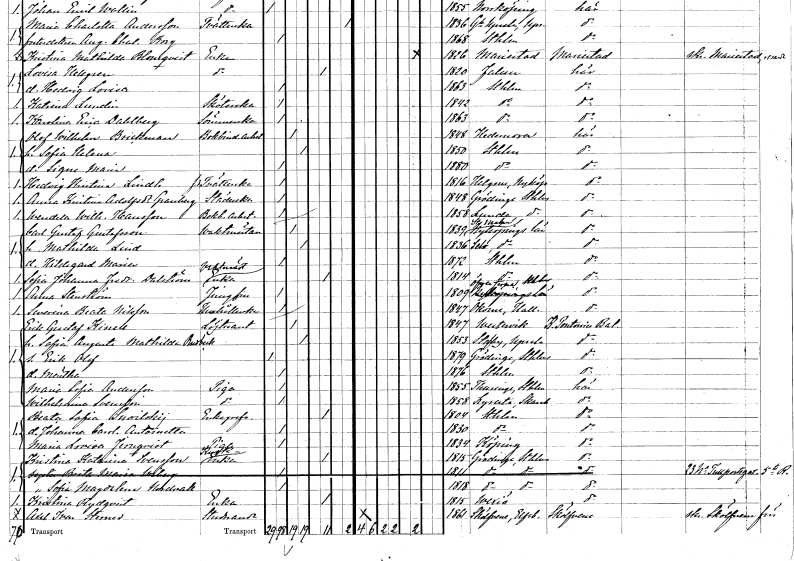
gt_parse: households: individuals: FN: Hedvig Kristina
EN: Lindh
YRKE: Tvätterska f.d.
KON: K
CIV: O
FODAR: 1816
FODFORS: Helgona Södermanlands län
FN: Anna Kristina
EN: Adolfsdotter Granberg
YRKE: Städerska
KON: K
CIV: O
FODAR: 1848
FODFORS: Grödinge Stockholms län
FN: Wendela Wilhelmina
EN: Hansson
YRKE: Bokbinderiarbeterska
KON: K
CIV: O
FODAR: 1858
FODFORS: Lunda Stockholms län
FN: Carl Gustaf
EN: Gustafsson
YRKE: Vaktmästare
KON: M
CIV: G
FODAR: 1839
FODFORS: Stora Malm Södermanlands län
FN: Mathilda
EN: Lind
KON: K
CIV: G
FODAR: 1836
FODFORS: Selö Södermanlands län
FN: Hildegard Maria
KON: K
CIV: O
FODAR: 1872
FODFORS: Stockholm
FN: Sofia Johanna Fredrika
EN: Dalström
YRKE: Vaktmästareänka
KON: K
CIV: E
FODAR: 1814
FODFORS: Stockholm
FN: Anna
EN: Stenström
YRKE: Jungfru
KON: K
CIV: O
FODAR: 1809
FODFORS: Överjärna Stockholms län
FN: Severina Beata
EN: Nilsson
YRKE: Hushållerska
KON: K
CIV: O
FODAR: 1847
FODFORS: Okome Hallands län
FN: Erik Gustaf
EN: Kinell
YRKE: Löjtnant
KON: M
CIV: G
FODAR: 1847
FODFORS: Västervik Kalmar län
FN: Sofia Augusta Mathilda
EN: Rudbeck
KON: K
CIV: G
FODAR: 1853
FODFORS: Stavby Uppsala län
FN: Erik Olof
KON: M
CIV: O
FODAR: 1879
FODFORS: Grödinge Stockholms län
FN: Märtha
KON: K
CIV: O
FODAR: 1876
FODFORS: Stockholm
FN: Maria Sofia
EN: Andersson
YRKE: Piga
KON: K
CIV: O
FODAR: 1855
FODFORS: Turinge Stockholms län
FN: Wilhelmina
EN: Svensson
YRKE: Piga
KON: K
CIV: O
FODAR: 1858
FODFORS: Lyrestad Skaraborgs län
FN: Beata Sofia
EN: Snoilskij
KON: K
CIV: E
FODAR: 1804
FODFORS: Stockholm
FN: Johanna Carolina Antoinetta
KON: K
CIV: O
FODAR: 1830
FODFORS: Stockholm
FN: Maria Lovisa
EN: Jernqvist
YRKE: Piga
KON: K
CIV: O
FODAR: 1834
FODFORS: Köping Västmanlands län
FN: Kristina Katarina
EN: Svensson
YRKE: Kuskänka
KON: K
CIV: E
FODAR: 1815
FODFORS: Grödinge Stockholms län
FN: Brita Maria
EN: Wiberg
KON: K
CIV: O
FODAR: 1811
FODFORS: Grödinge Stockholms län
FN: Sofia Magdalena
EN: Nordvall
KON: K
CIV: O
FODAR: 1818
FODFORS: Grödinge Stockholms län
FN: Kristina
EN: Rydqvist
YRKE: Änka
KON: K
CIV: E
FODAR: 1815
FODFORS: Växjö Kronobergs län
FN: Axel Ivar
EN: Sterner
YRKE: Studerande
KON: M
CIV: O
FODAR: 1861
FODFORS: Skölvene Älvsborgs län